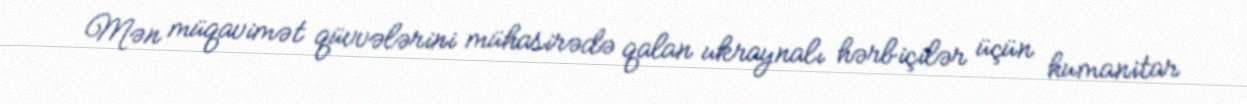
Mən müqavimət qüvvələrini mühasirədə qalan ukraynalı hərbiçilər üçün humanitar